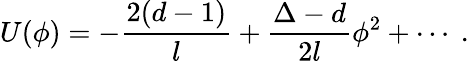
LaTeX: U(\phi)=-\frac{2(d-1)}l+\frac{\Delta-d}{2l}\phi^{2}+\cdots~.